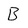
Character: B